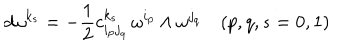
d \omega ^ { k _ { s } } = - \frac { 1 } { 2 } c _ { i _ { p } j _ { q } } ^ { k _ { s } } \, \omega ^ { i _ { p } } \wedge \omega ^ { j _ { q } } \quad ( p , q , s = 0 , 1 )